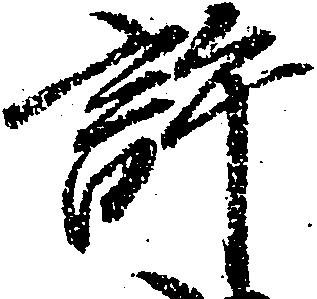
許